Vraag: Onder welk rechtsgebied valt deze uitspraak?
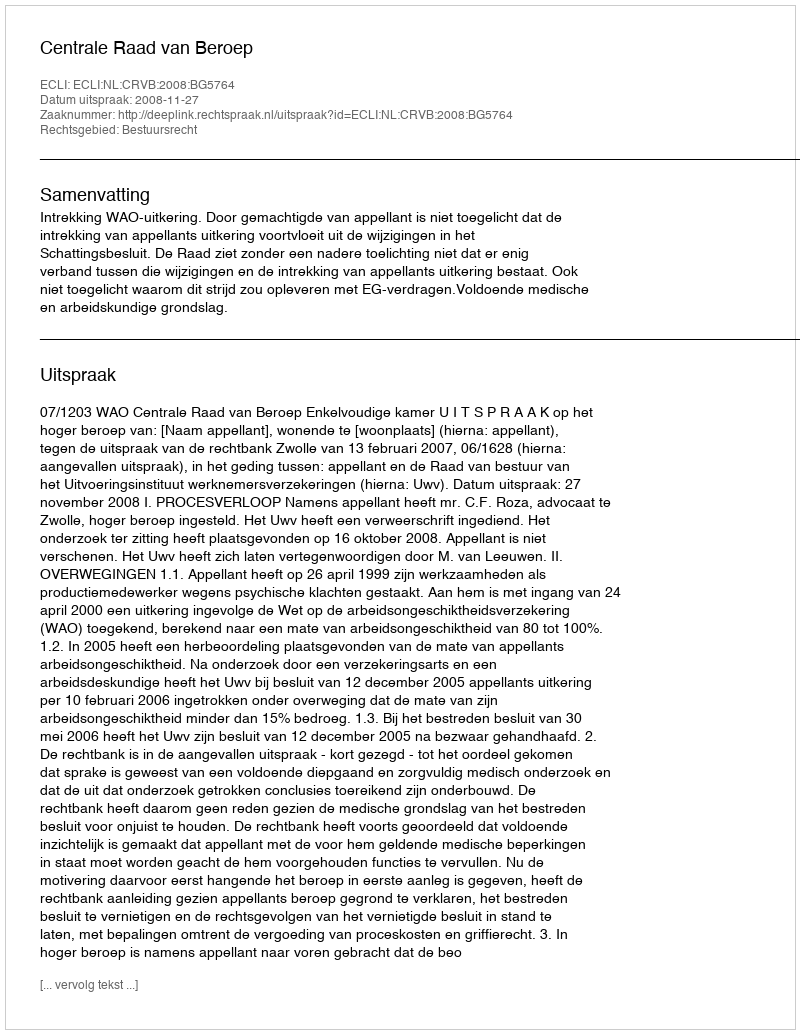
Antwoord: Bestuursrecht